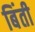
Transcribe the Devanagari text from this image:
बिंती